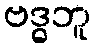
ဗဒ္ဓဘူ